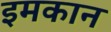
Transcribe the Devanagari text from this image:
इमकान